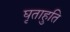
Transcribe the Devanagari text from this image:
घृताहुति